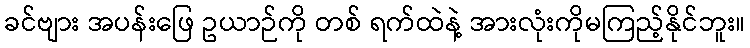
ခင်ဗျား အပန်းဖြေ ဥယာဉ်ကို တစ် ရက်ထဲနဲ့ အားလုံးကိုမကြည့်နိုင်ဘူး။